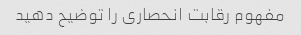
مفهوم رقابت انحصاری را توضیح دهید